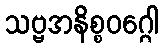
သဗ္ဗအနိစ္စဝဂ္ဂေါ